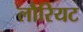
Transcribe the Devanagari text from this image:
लौरियट